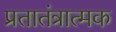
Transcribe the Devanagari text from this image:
प्रतातंत्रात्मक